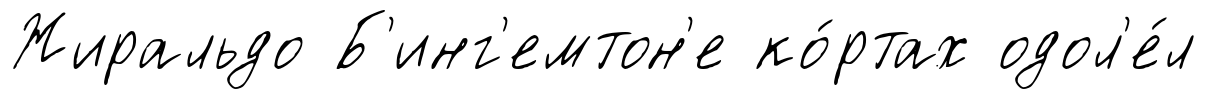
Жиральдо Б'инг'емтон'е ко́ртах одол'е́л